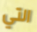
التي